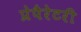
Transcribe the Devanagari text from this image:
प्रेपैरेटरी